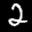
Label: 2